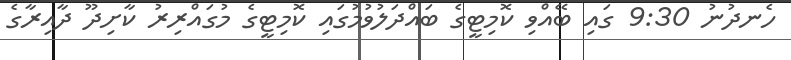
ހެނދުނު 9:30 ގައި ބޭއްވި ކޮމިޓީގެ ބައްދަލުވުމުގައި ކޮމިޓީގެ މުގައްރިރު ކާށިދޫ ދާއިރާގެ